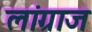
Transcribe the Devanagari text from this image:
लांग्राज